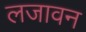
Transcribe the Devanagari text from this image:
लजावन